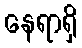
နေရာရှိ